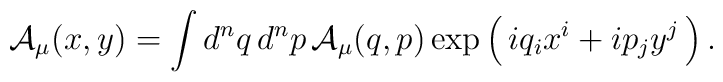
{\mathcal{A}}_\mu( x, y)=\int d^n q \, d^n p\,     {\mathcal{A}}_\mu( q, p)    \exp\left( \, i q_i x^i +i p_j y^j\, \right).